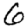
Digit: 6